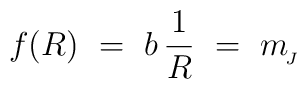
f(R)  \ = \  b\,\frac{1}{R} \ = \ m_{\!_J}